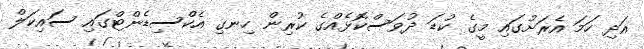
އަދި ހަމަ އެރަށުގައި މީގެ ކުޑަ ދުވަސްކޮޅެއްގެ ކުރިން ހިނގި އެކްސިޑެންޓްގައި ސައިކަލް